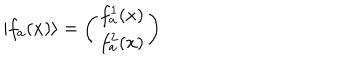
LaTeX: \vert f _ { a } ( x ) \rangle = \left( \begin{array} { c } { { f _ { a } ^ { 1 } ( x ) } } \\ { { f _ { a } ^ { 2 } ( x ) } } \\ \end{array} \right)